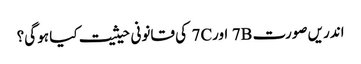
اندریں صورت 7B اور7C کی قانونی حیثیت کیا ہو گی؟